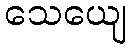
သေယျေ